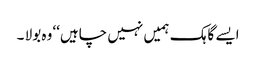
ایسے گاہک ہمیں نہیں چاہیں‘‘ وہ بولا ۔